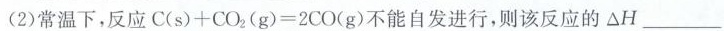
(2)常温下，反应C(s)+CO_{2}(g)=2CO(g)不能自发进行，则该反应的△H___